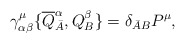
\begin{align*}\gamma_{\alpha\beta}^\mu\{\overline Q_{\bar A}^\alpha,Q_B^\beta\} = \delta_{\bar AB}P^\mu, \end{align*}